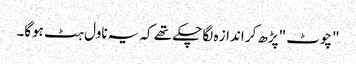
"چوٹ "پڑھ کر انداز ہ لگا چکے تھے کہ یہ ناول ہٹ ہوگا۔